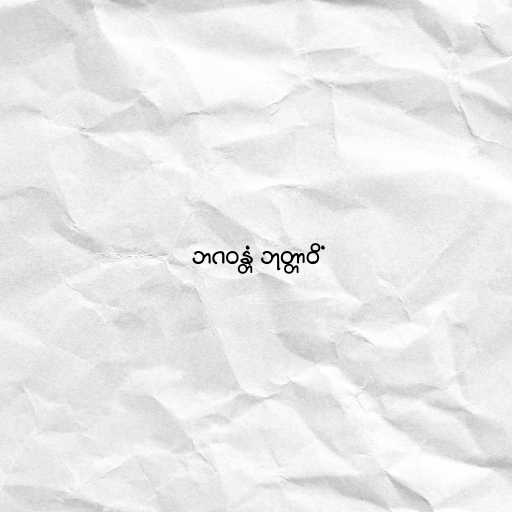
ဘဂဝန္တံ ဘုတ္တာဝိံ